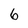
Character: 6